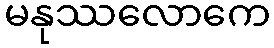
မနုဿလောကေ